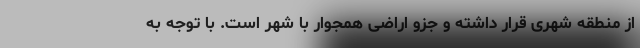
از منطقه شهری قرار داشته و جزو اراضی همجوار با شهر است. با توجه به